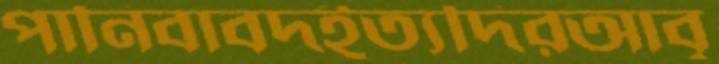
পানিবাবদইত্যদিরআবৃ